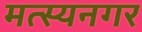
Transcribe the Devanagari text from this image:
मत्स्यनगर